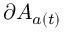
\partial A _ { a ( t ) }